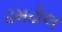
ઢમઢોલ